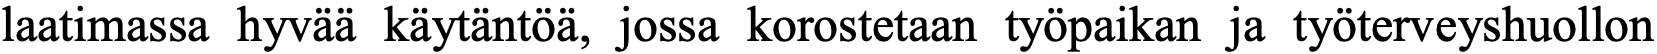
laatimassa hyvää käytäntöä, jossa korostetaan työpaikan ja työterveyshuollon